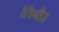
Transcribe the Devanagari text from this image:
तिबोर